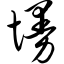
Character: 墁